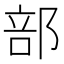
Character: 部